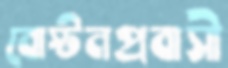
বোস্টনপ্রবাসী